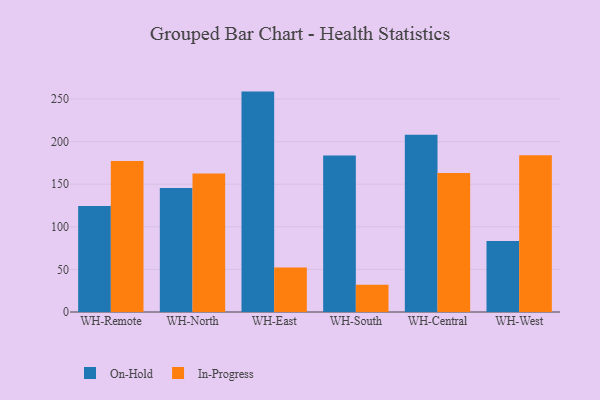
{"axis": {"x": "Warehouse", "y": "Temperature (°C)"}, "legend": ["In-Progress", "On-Hold"], "data": [{"x": "WH-Remote", "y": 124.3, "type": "On-Hold"}, {"x": "WH-Remote", "y": 177.3, "type": "In-Progress"}, {"x": "WH-North", "y": 145.6, "type": "On-Hold"}, {"x": "WH-North", "y": 162.5, "type": "In-Progress"}, {"x": "WH-East", "y": 258.7, "type": "On-Hold"}, {"x": "WH-East", "y": 52.1, "type": "In-Progress"}, {"x": "WH-South", "y": 183.6, "type": "On-Hold"}, {"x": "WH-South", "y": 31.9, "type": "In-Progress"}, {"x": "WH-Central", "y": 208.0, "type": "On-Hold"}, {"x": "WH-Central", "y": 163.3, "type": "In-Progress"}, {"x": "WH-West", "y": 83.2, "type": "On-Hold"}, {"x": "WH-West", "y": 183.9, "type": "In-Progress"}]}